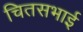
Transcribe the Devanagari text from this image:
चितसभाई